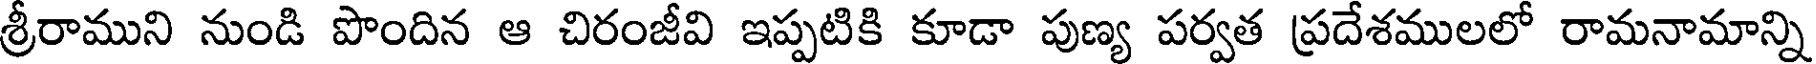
శ్రీరాముని నుండి పొందిన ఆ చిరంజీవి ఇప్పటికి కూడా పుణ్య పర్వత ప్రదేశములలో రామనామాన్ని